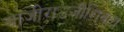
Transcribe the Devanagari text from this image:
बाजीराउजीशिवाय